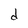
Character: d